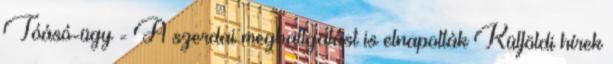
Tóásó-ügy - A szerdai meghallgatást is elnapolták Külföldi hírek